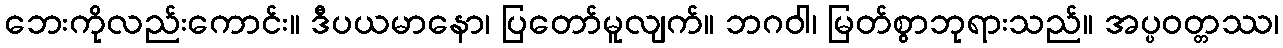
ဘေးကိုလည်းကောင်း။ ဒီပယမာနော၊ ပြတော်မူလျက်။ ဘဂဝါ၊ မြတ်စွာဘုရားသည်။ အပ္ပဝတ္တဿ၊